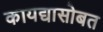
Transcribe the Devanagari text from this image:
कायद्यासोबत